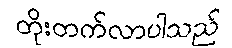
တိုးတက်လာပါသည်